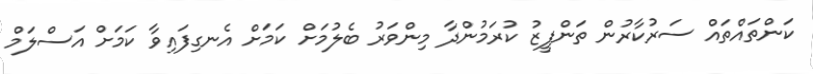
ކަންތައްތައް ސަރުކާރުން ތަންފީޒު ކުރަމުންދާ މިންވަރު ބެލުމަށް ކަމަށް އެނގިފައިވާ ކަމަށް އަސްލަމް